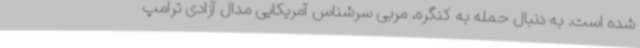
شده است. به دنبال حمله به کنگره، مربی سرشناس آمریکایی مدال آزادی ترامپ